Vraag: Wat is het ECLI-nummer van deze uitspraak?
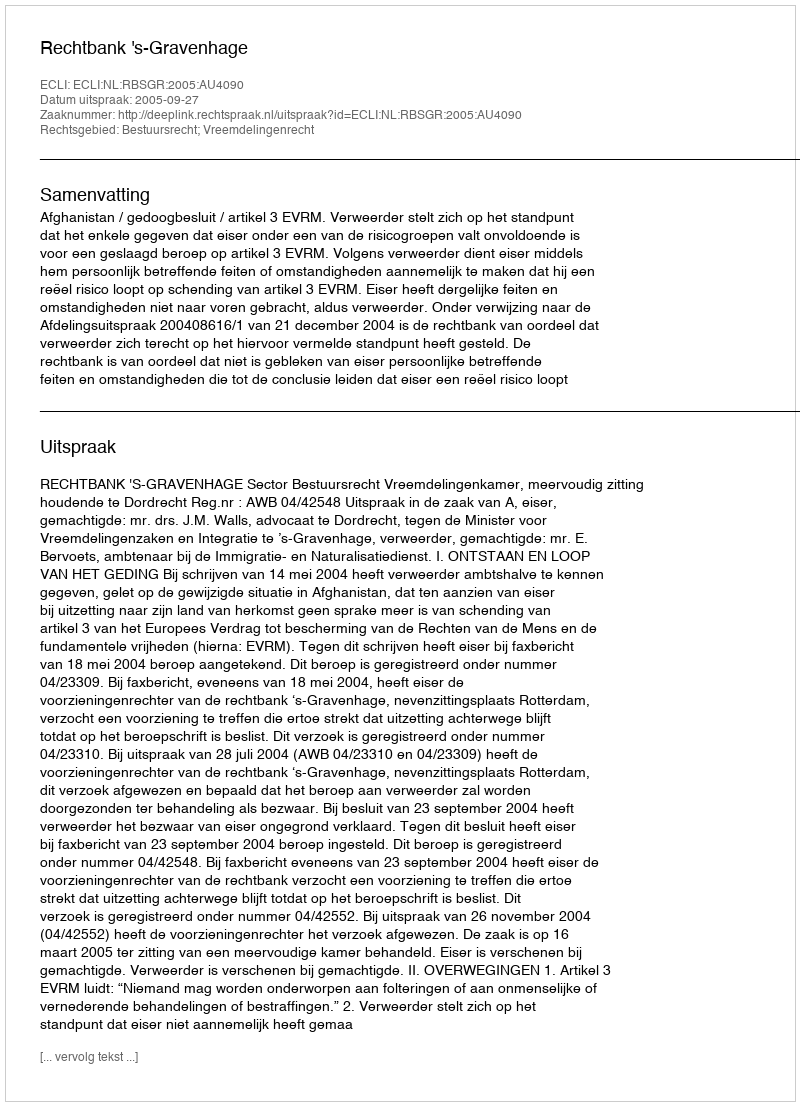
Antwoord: ECLI:NL:RBSGR:2005:AU4090